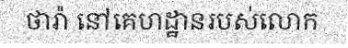
ថារ៉ា នៅគេហដ្ឋានរបស់លោក